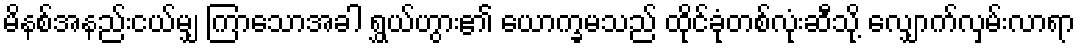
မိနစ်အနည်းငယ်မျှ ကြာသောအခါ ရွှယ်ဟွား၏ ယောက္ခမသည် ထိုင်ခုံတစ်လုံးဆီသို့ လျှောက်လှမ်းလာရာ